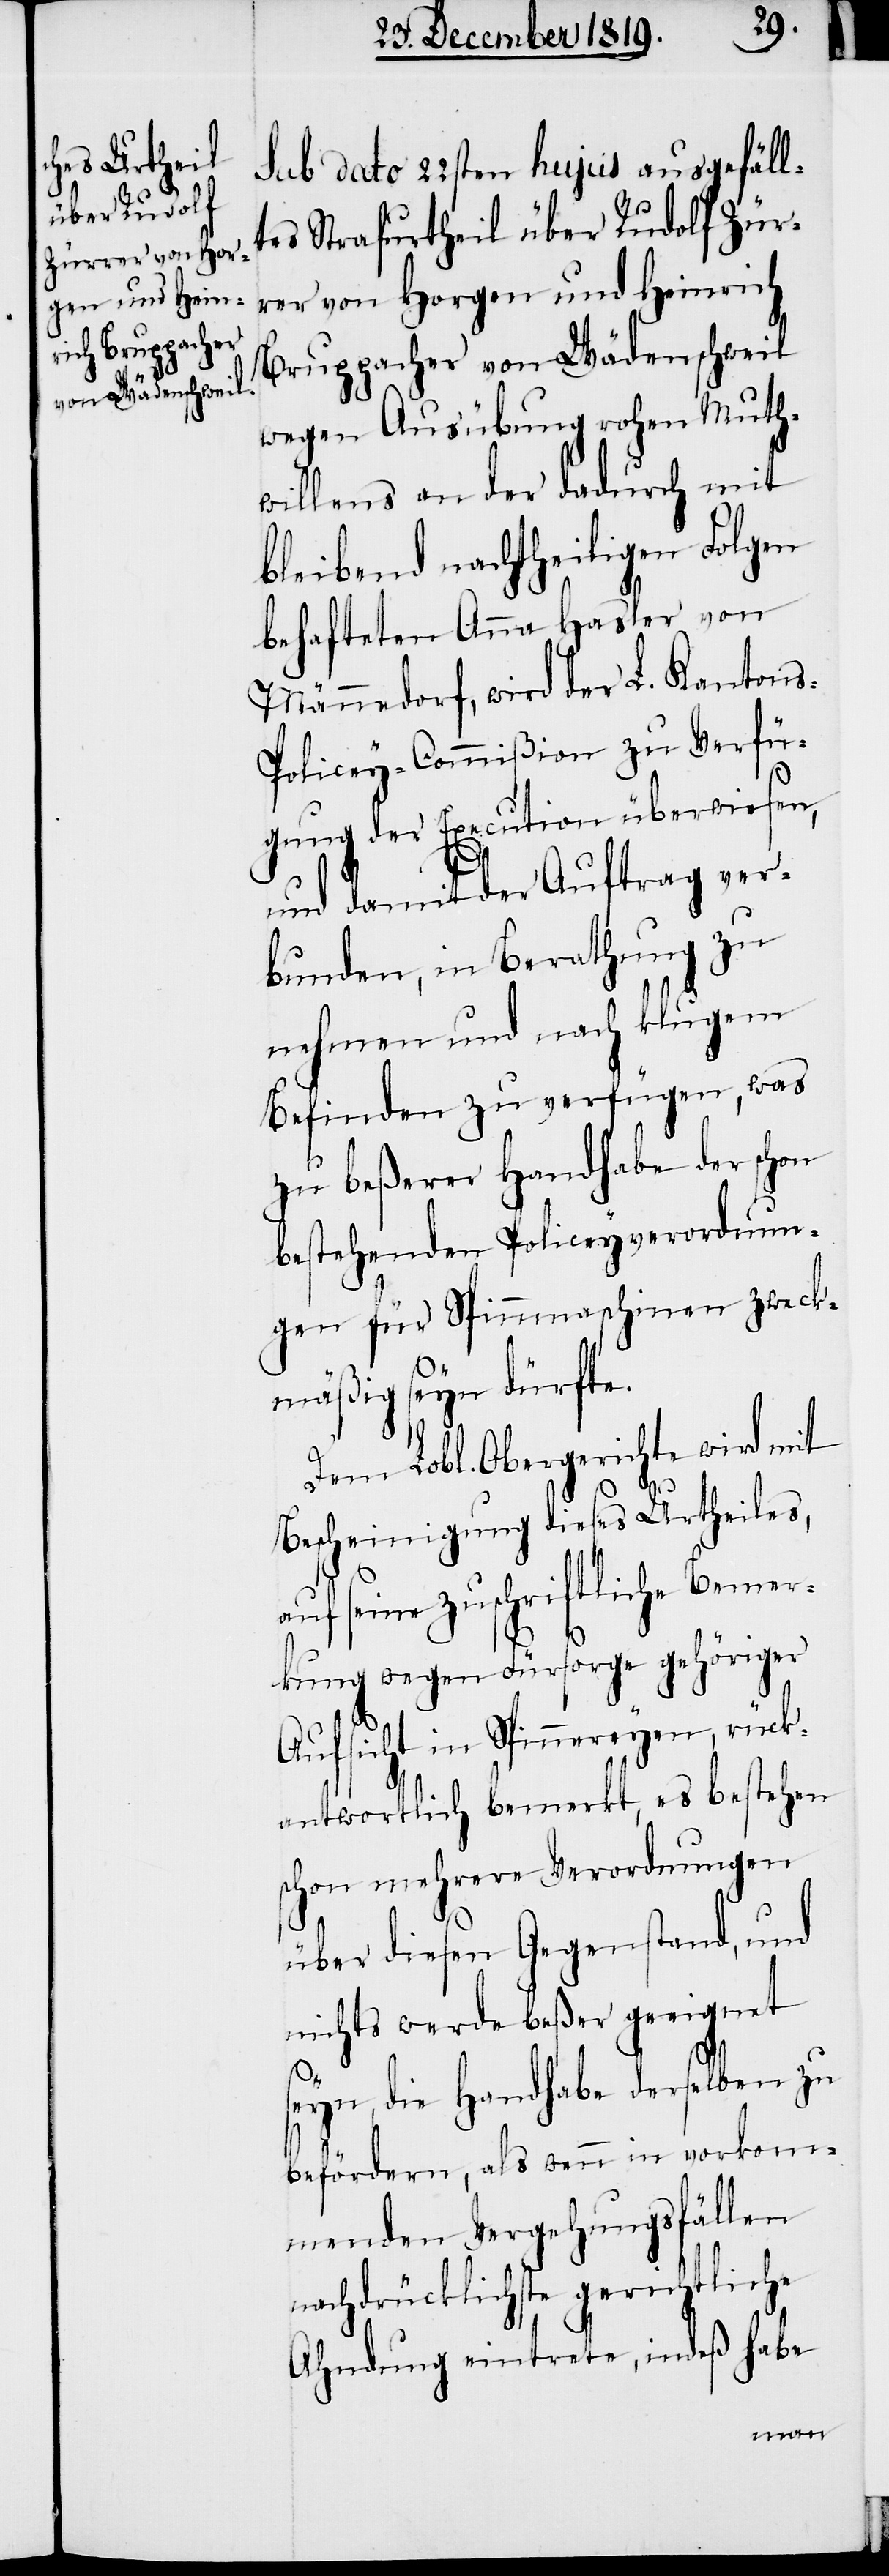
sub dato 22sten hujus ausgefäll¬
tes Strafurtheil über Rudolf Zür¬
rer von Horgen und Heinrich
Bruppacher von Wädenschweil
wegen Ausübung rohen Muth¬
willens an der dadurch mit
bleibend nachtheiligen Folgen
behafteten Anna Hasler von
Männedorf, wird der L. Kanton¬
s-Policey-Commißion zu Verfü¬
gung der Execution überwiesen,
und damit der Auftrag ver¬
bunden, in Berathung zu
nehmen und nach klugem
Befinden zu verfügen, was
zu beßerer Handhabe der schon
bestehenden Policeyverordnun¬
gen für Spinnmaschinen zweck¬
mäßig seyn dürfte.
Dem Lobl. Obergerichte wird mit
Bescheinigung dieses Urtheiles,
auf seine zuschriftliche Bemer¬
kung wegen Fürsorge gehöriger
Aufsicht in Spinnereyen, rück¬
antwortlich bemerkt, es bestehen
schon mehrere Verordnungen
über diesen Gegenstand, und
nichts werde beßer geeignet
seyn, die Handhabe derselben zu
befördern, als wenn in vorkom¬
menden Vergehungsfällen
nachdrücklichste gerichtliche
Ahndung eintrete, indeß habe